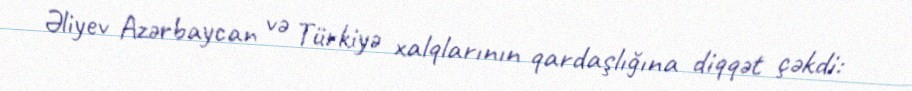
Əliyev Azərbaycan və Türkiyə xalqlarının qardaşlığına diqqət çəkdi: